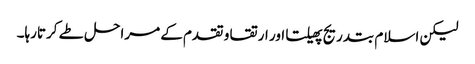
لیکن اسلام بتدریج پھیلتا اور ارتقا و تقدم کے مراحل طے کرتارہا۔